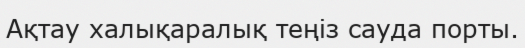
Ақтау халықаралық теңіз сауда порты.